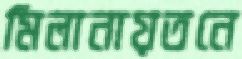
মিলানায়তনে